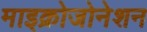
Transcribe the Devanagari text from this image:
माइक्रोजोनेशन